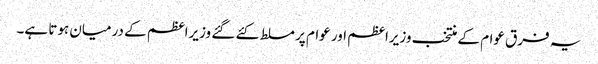
یہ فرق عوام کے منتخب وزیراعظم اور عوام پر مسلط کئے گئے وزیراعظم کے درمیان ہوتا ہے۔